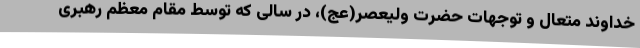
خداوند متعال و توجهات حضرت ولیعصر(عج)، در سالی که توسط مقام معظم رهبری